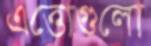
এত্তোগুলো